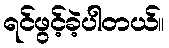
ရင်ဖွင့်ခဲ့ပါတယ်။